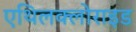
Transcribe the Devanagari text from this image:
एथिलक्लोराइड